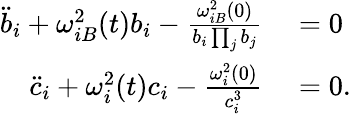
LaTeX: \begin{array}{rl}{\ddot{b}_{i}+\omega_{iB}^{2}(t)b_{i}-\frac{\omega_{iB}^{2}(0)}{b_{i}\prod_{j}b_{j}}}&{{}=0}\\ {\ddot{c}_{i}+\omega_{i}^{2}(t)c_{i}-\frac{\omega_{i}^{2}(0)}{c_{i}^{3}}}&{{}=0.}\end{array}